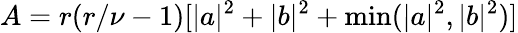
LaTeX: A=r(r/\nu-1)[|a|^{2}+|b|^{2}+\operatorname*{min}(|a|^{2},|b|^{2})]